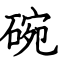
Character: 碗